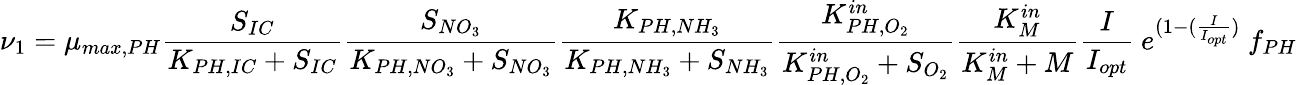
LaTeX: \nu_{1}=\mu_{max,PH}\frac{S_{IC}}{K_{PH,IC}+S_{IC}}\frac{S_{NO_{3}}}{K_{PH,NO_{3}}+S_{NO_{3}}}\frac{K_{PH,NH_{3}}}{K_{PH,NH_{3}}+S_{NH_{3}}}\frac{K_{PH,O_{2}}^{in}}{K_{PH,O_{2}}^{in}+S_{O_{2}}}\frac{K_{M}^{in}}{K_{M}^{in}+M}\frac{I}{I_{opt}}\ e^{(1-(\frac{I}{I_{opt}})}\ f_{PH}